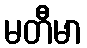
မတီမာ